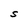
Character: S